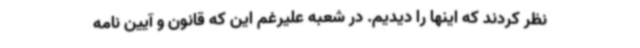
نظر کردند که اینها را دیدیم. در شعبه علیرغم این که قانون و آیین نامه